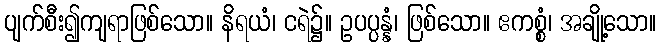
ပျက်စီး၍ကျရာဖြစ်သော။ နိရယံ၊ ငရဲ၌။ ဥပပ္ပန္နံ၊ ဖြစ်သော။ ဧကစ္စံ၊ အချို့သော။